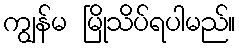
ကျွန်မ မြိုသိပ်ရပါမည်။